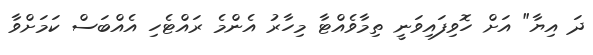
ދަ އިޔާ" އަށް ހޮވިފައިވަނީ ތިމާވެއްޓާ މިހާރު އެންމެ ރައްޓެހި އެއްބަސް ކަމަށްވާ